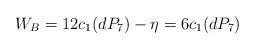
\begin{align*}W_{B} = 12c_{1}(dP_{7}) - \eta = 6 c_{1}(dP_{7})\end{align*}